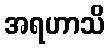
အရဟာသိ